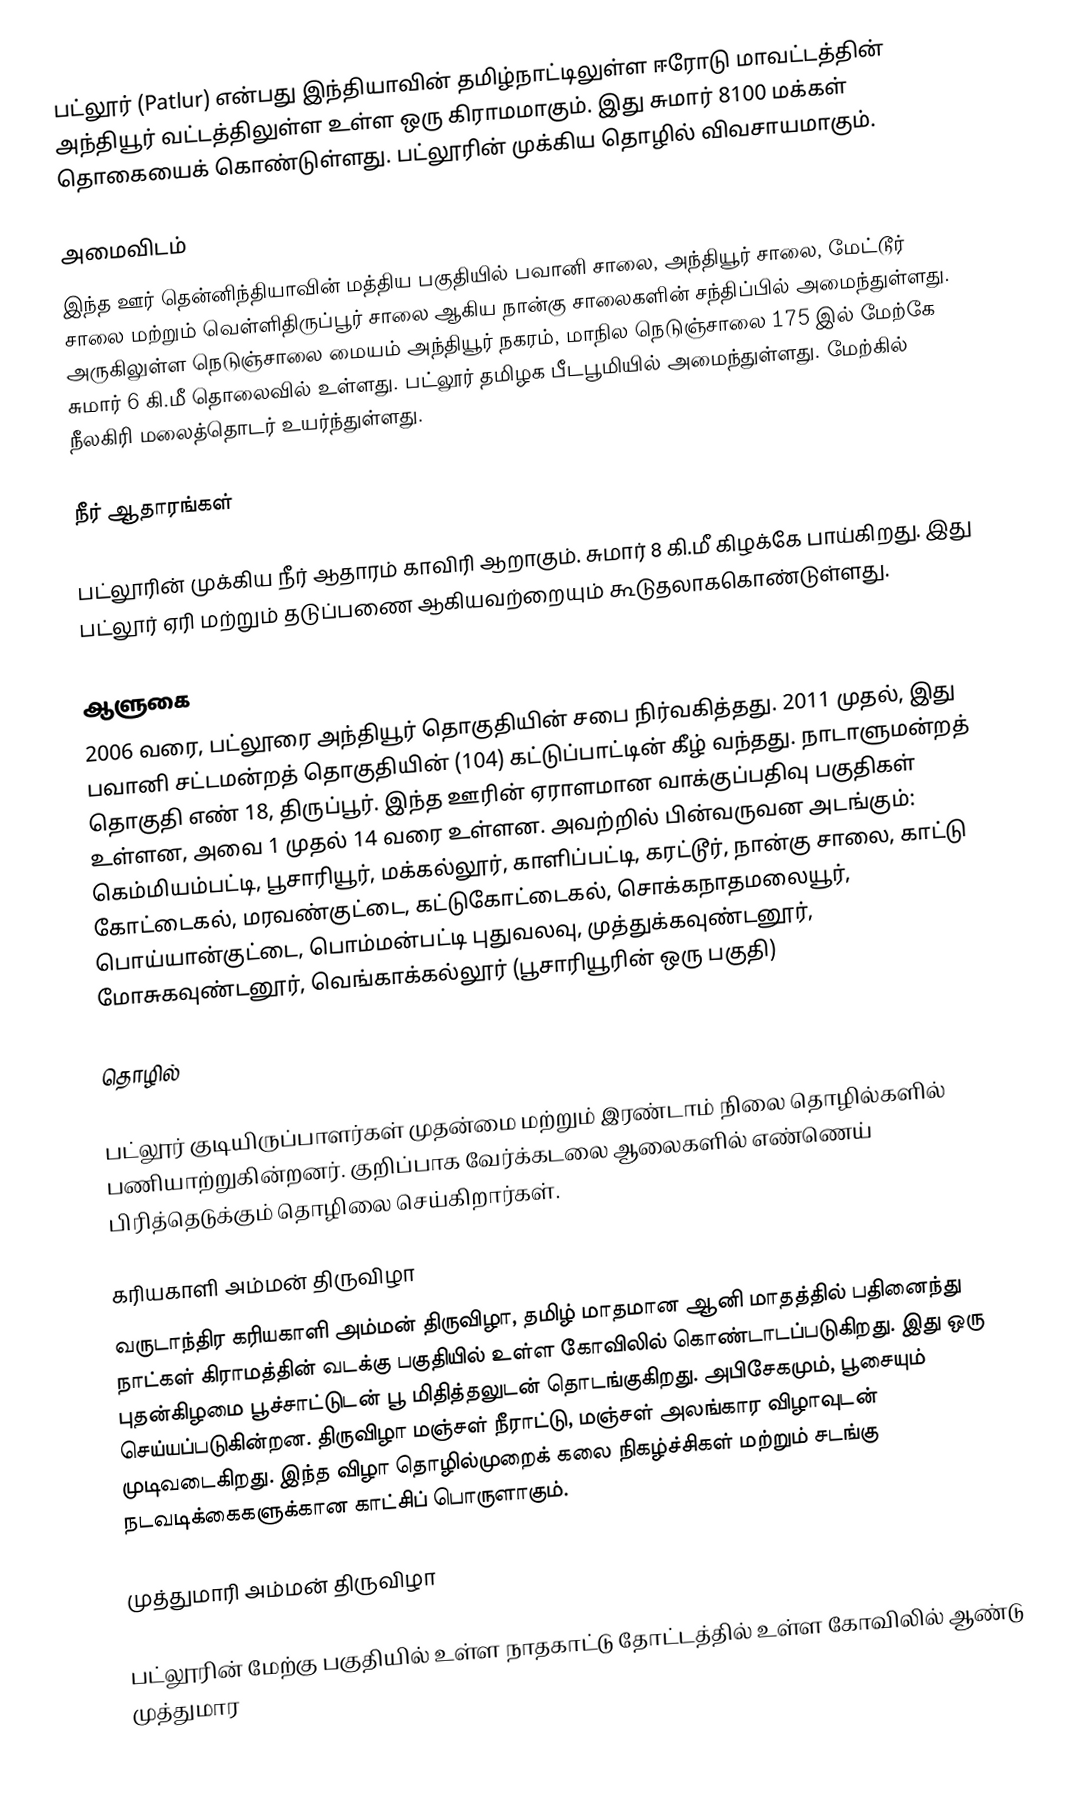
பட்லூர் (Patlur) என்பது இந்தியாவின் தமிழ்நாட்டிலுள்ள ஈரோடு மாவட்டத்தின் அந்தியூர் வட்டத்திலுள்ள உள்ள ஒரு கிராமமாகும். இது சுமார் 8100 மக்கள் தொகையைக் கொண்டுள்ளது. பட்லூரின் முக்கிய தொழில் விவசாயமாகும்.

அமைவிடம்
இந்த ஊர் தென்னிந்தியாவின் மத்திய பகுதியில் பவானி சாலை, அந்தியூர் சாலை, மேட்டூர் சாலை மற்றும் வெள்ளிதிருப்பூர் சாலை ஆகிய நான்கு சாலைகளின் சந்திப்பில் அமைந்துள்ளது. அருகிலுள்ள நெடுஞ்சாலை மையம் அந்தியூர் நகரம், மாநில நெடுஞ்சாலை 175 இல் மேற்கே சுமார் 6 கி.மீ தொலைவில் உள்ளது. பட்லூர் தமிழக பீடபூமியில் அமைந்துள்ளது. மேற்கில் நீலகிரி மலைத்தொடர் உயர்ந்துள்ளது.

நீர் ஆதாரங்கள்

பட்லூரின் முக்கிய நீர் ஆதாரம் காவிரி ஆறாகும். சுமார் 8 கி.மீ கிழக்கே பாய்கிறது. இது பட்லூர் ஏரி மற்றும் தடுப்பணை ஆகியவற்றையும் கூடுதலாககொண்டுள்ளது.

ஆளுகை
2006 வரை, பட்லூரை அந்தியூர் தொகுதியின் சபை நிர்வகித்தது. 2011 முதல், இது பவானி சட்டமன்றத் தொகுதியின் (104) கட்டுப்பாட்டின் கீழ் வந்தது.  நாடாளுமன்றத் தொகுதி எண் 18, திருப்பூர். இந்த ஊரின் ஏராளமான வாக்குப்பதிவு பகுதிகள் உள்ளன, அவை 1 முதல் 14 வரை உள்ளன. அவற்றில் பின்வருவன அடங்கும்: கெம்மியம்பட்டி, பூசாரியூர், மக்கல்லூர், காளிப்பட்டி, கரட்டூர், நான்கு சாலை, காட்டு கோட்டைகல், மரவண்குட்டை, கட்டுகோட்டைகல், சொக்கநாதமலையூர், பொய்யான்குட்டை, பொம்மன்பட்டி புதுவலவு, முத்துக்கவுண்டனூர், மோசுகவுண்டனூர், வெங்காக்கல்லூர் (பூசாரியூரின் ஒரு பகுதி)

தொழில்

பட்லூர் குடியிருப்பாளர்கள் முதன்மை மற்றும் இரண்டாம் நிலை தொழில்களில் பணியாற்றுகின்றனர். குறிப்பாக  வேர்க்கடலை ஆலைகளில் எண்ணெய் பிரித்தெடுக்கும் தொழிலை செய்கிறார்கள்.

கரியகாளி அம்மன் திருவிழா
வருடாந்திர கரியகாளி அம்மன் திருவிழா, தமிழ் மாதமான ஆனி மாதத்தில் பதினைந்து நாட்கள் கிராமத்தின் வடக்கு பகுதியில் உள்ள கோவிலில் கொண்டாடப்படுகிறது. இது ஒரு புதன்கிழமை பூச்சாட்டுடன் பூ மிதித்தலுடன் தொடங்குகிறது. அபிசேகமும், பூசையும் செய்யப்படுகின்றன. திருவிழா மஞ்சள் நீராட்டு, மஞ்சள் அலங்கார விழாவுடன் முடிவடைகிறது. இந்த விழா தொழில்முறைக் கலை நிகழ்ச்சிகள் மற்றும் சடங்கு நடவடிக்கைகளுக்கான காட்சிப் பொருளாகும்.

முத்துமாரி அம்மன் திருவிழா

பட்லூரின் மேற்கு பகுதியில் உள்ள நாதகாட்டு தோட்டத்தில் உள்ள கோவிலில் ஆண்டு முத்துமார